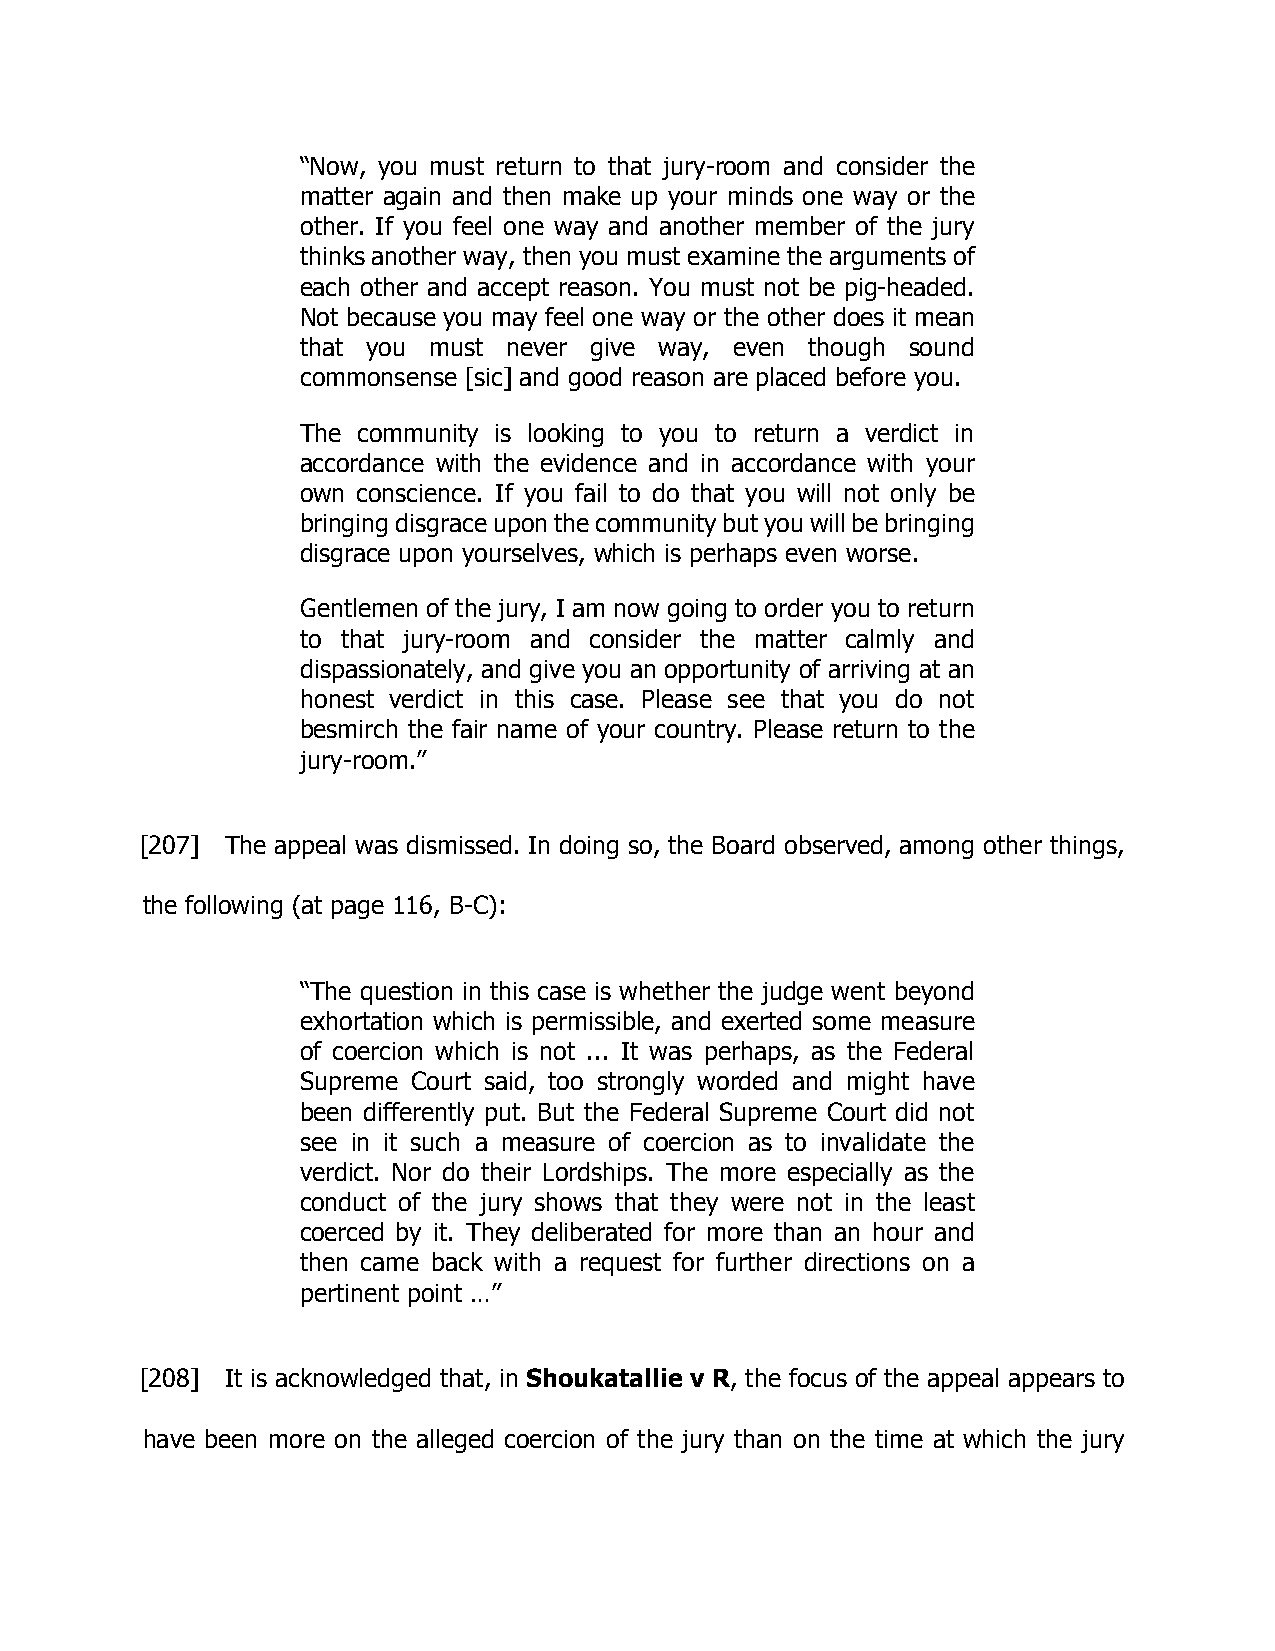
“Now, you must return to that jury-room and consider the
 matter again and then make up your minds one way or the
 other. If you feel one way and another member of the jury
 thinks another way, then you must examine the arguments of
 each other and accept reason. You must not be pig-headed.
 Not because you may feel one way or the other does it mean
 that you must never give way, even though sound
 commonsense [sic] and good reason are placed before you.
 The community is looking to you to return a verdict in
 accordance with the evidence and in accordance with your
 own conscience. If you fail to do that you will not only be
 bringing disgrace upon the community but you will be bringing
 disgrace upon yourselves, which is perhaps even worse.
 Gentlemen of the jury, I am now going to order you to return
 to that jury-room and consider the matter calmly and
 dispassionately, and give you an opportunity of arriving at an
 honest verdict in this case. Please see that you do not
 besmirch the fair name of your country. Please return to the
 jury-room.”
 [207] The appeal was dismissed. In doing so, the Board observed, among other things,
 the following (at page 116, B-C):
 “The question in this case is whether the judge went beyond
 exhortation which is permissible, and exerted some measure
 of coercion which is not ... It was perhaps, as the Federal
 Supreme Court said, too strongly worded and might have
 been differently put. But the Federal Supreme Court did not
 see in it such a measure of coercion as to invalidate the
 verdict. Nor do their Lordships. The more especially as the
 conduct of the jury shows that they were not in the least
 coerced by it. They deliberated for more than an hour and
 then came back with a request for further directions on a
 pertinent point …”
 [208] It is acknowledged that, in Shoukatallie v R, the focus of the appeal appears to
 have been more on the alleged coercion of the jury than on the time at which the jury